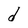
Character: d